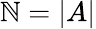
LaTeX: \mathbb{N}=|A|